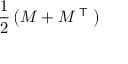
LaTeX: { \frac { 1 } { 2 } } \left( M + M ^ { \textsf { T } } \right)